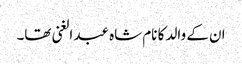
ان کے والد کا نام شاہ عبد الغنی تھا۔